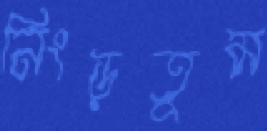
নিংড়তুম